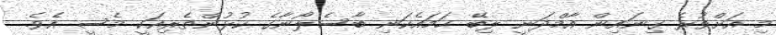
މި އަށްވުރެ ގިނައިން އާމްދަނީ ލިބޭ ހަމައެކަނި ބާސެލޯނާގެ ކުޅުންތެރިއަކީ މެސީ އެވެ.